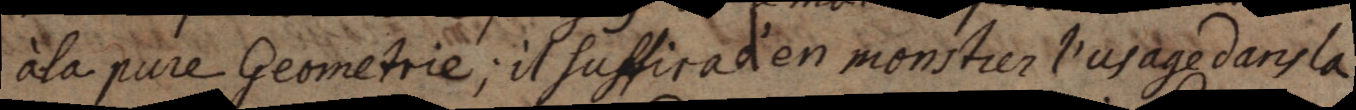
à la pure Geometrie; il suffira d’en monstrer l’usage dans la